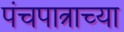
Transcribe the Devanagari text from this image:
पंचपात्राच्या